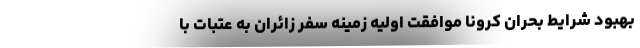
بهبود شرایط بحران کرونا موافقت اولیه زمینه سفر زائران به عتبات با